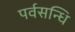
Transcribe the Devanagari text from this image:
पर्वसन्धि